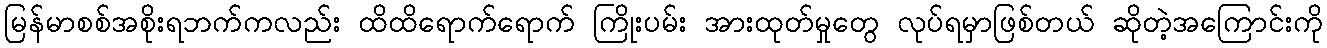
မြန်မာစစ်အစိုးရဘက်ကလည်း ထိထိရောက်ရောက် ကြိုးပမ်း အားထုတ်မှုတွေ လုပ်ရမှာဖြစ်တယ် ဆိုတဲ့အကြောင်းကို